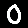
Digit: 0